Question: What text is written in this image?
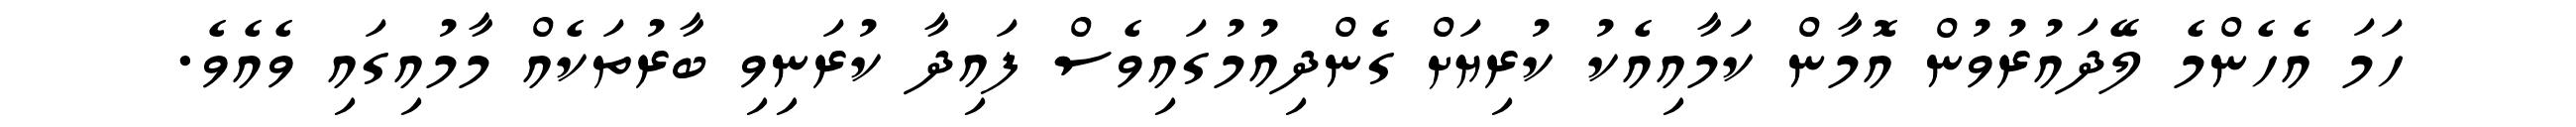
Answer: ހަމަ އެހެންމެ ލޭދައުރުވުން އޮމާން ކަމާއިއެކު ކުރިޔަށް ގެންދިއުމުގައިވެސް ފައިދާ ކުރަނިވި ބާރުތަކެއް މާމުއިގައި ވެއެވެ.